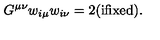
G ^ { \mu \nu } w _ { i \mu } w _ { i \nu } = 2 ( \mathrm { i f i x e d } ) .